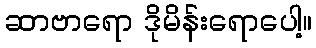
ဆာဗာရော ဒိုမိန်းရောပေါ့။